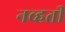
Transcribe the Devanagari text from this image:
नव्‍हती